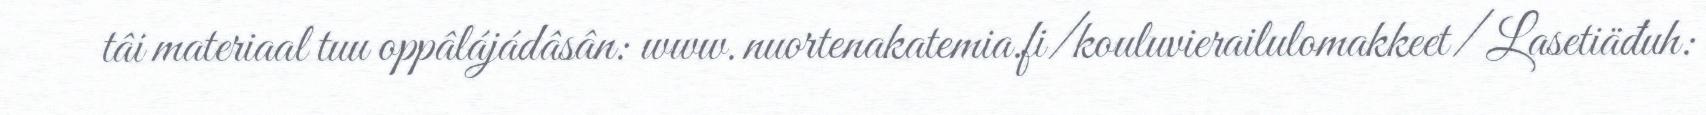
tâi materiaal tuu oppâlájádâsân: www.nuortenakatemia.fi/kouluvierailulomakkeet/ Lasetiäđuh: